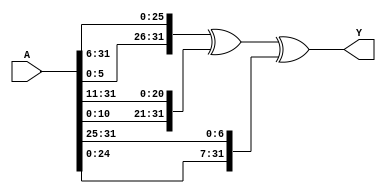
`ifndef MOD_SIGMA1
`define MOD_SIGMA1
module MOD_SIGMA1(
    input [31:0] A,
    output [31:0] Y
);

assign Y =  {A[5:0], A[31:6]} ^ {A[10:0], A[31:11]} ^ {A[24:0], A[31:25]};

endmodule
`endif